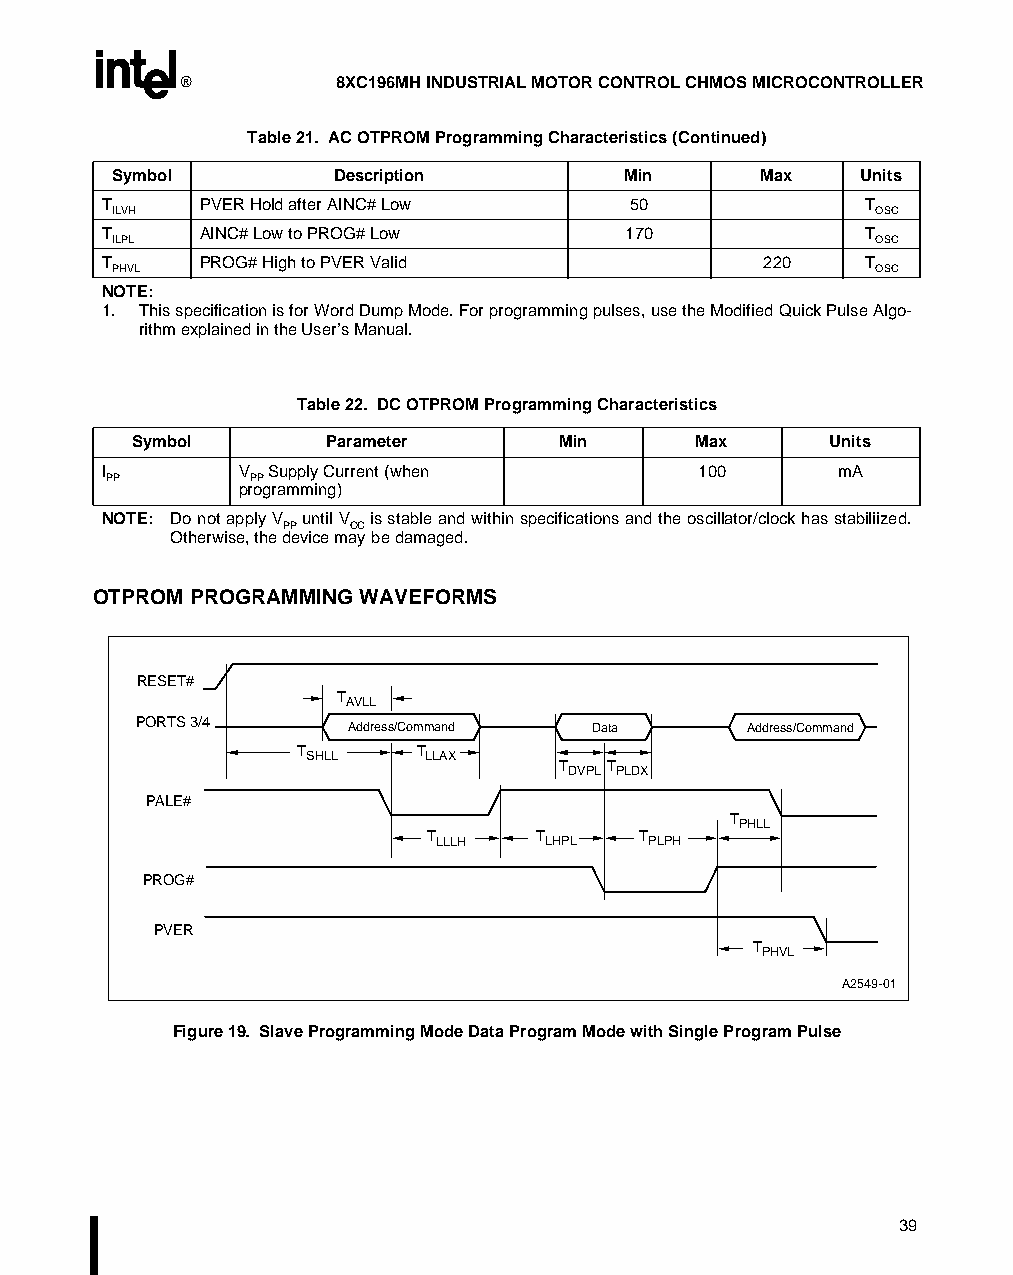
®         8XC196MH INDUSTRIAL MOTOR CONTROL CHMOS MICROCONTROLLER
 Table 21. AC OTPROM Programming Characteristics (Continued)
 Symbol         Description        Min      Max    Units
 T      PVER Hold after AINC# Low   50              T
 ILVH                                               OSC
 T      AINC# Low to PROG# Low      170             T
 ILPL                                               OSC
 T      PROG# High to PVER Valid             220    T
 PHVL                                               OSC
 NOTE:
 1. This specification is for Word Dump Mode. For programming pulses, use the Modified Quick Pulse Algo-
 rithm explained in the User’s Manual.
 Table 22. DC OTPROM Programming Characteristics
 Symbol       Parameter       Min      Max      Units
 I        V Supply Current (when         100      mA
 PP       PP
 programming)
 NOTE: Do not apply V until V is stable and within specifications and the oscillator/clock has stabiliized.
 PP   CC
 Otherwise, the device may be damaged.
 OTPROM PROGRAMMING WAVEFORMS
 RESET#
 TAVLL
 PORTS 3/4     Address/Command Data      Address/Command
 TSHLL   TLLAX
 TDVPL TPLDX
 PALE#
 TPHLL
 TLLLH  TLHPL  TPLPH
 PROG#
 PVER
 TPHVL
 A2549-01
 Figure 19. Slave Programming Mode Data Program Mode with Single Program Pulse
 39